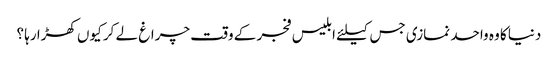
دنیا کا وہ واحد نمازی جس کیلئے ابلیس فجر کے وقت چراغ لے کر کیوں کھڑا رہا ؟